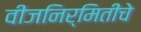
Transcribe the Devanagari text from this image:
वीजनिर्मितीचे